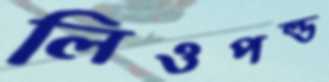
লিওপল্ড